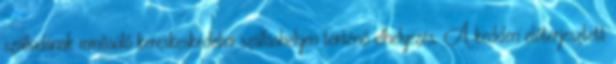
szállodának minősülő kereskeskedelmi szálláshelyen történő elhelyezés. A kedden előterjesztett